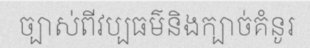
ច្បាស់ពីវប្បធម៌និងក្បាច់គំនូរ